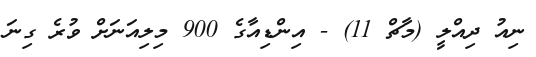
ނިއު ދިއްލީ (މާޗް 11) - އިންޑިއާގެ 900 މިލިއަނަށް ވުރެ ގިނަ